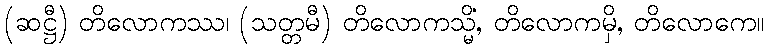
(ဆဋ္ဌီ) တိလောကဿ၊ (သတ္တမီ) တိလောကသ္မိံ, တိလောကမှိ, တိလောကေ။